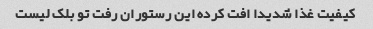
کیفیت غذا شدیدا افت کرده این رستوران رفت تو بلک لیست